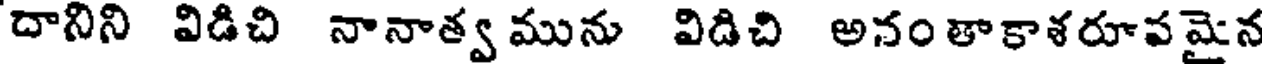
దానిని విడిచి నానాత్వ మును విడిచి అనంతాకాశరూవమైన